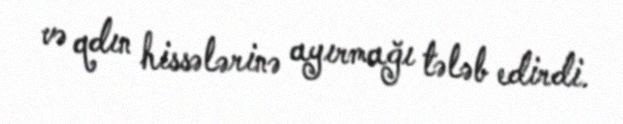
və qdın hissələrinə ayırmağı tələb edirdi.